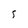
Character: S